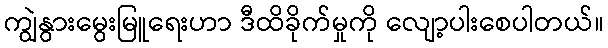
ကျွဲနွားမွေးမြူရေးဟာ ဒီထိခိုက်မှုကို လျော့ပါးစေပါတယ်။